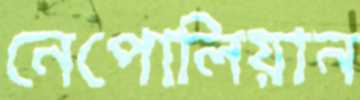
নেপোলিয়ান